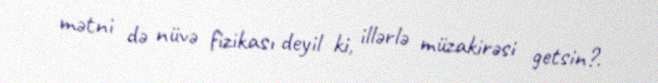
mətni də nüvə fizikası deyil ki, illərlə müzakirəsi getsin?.